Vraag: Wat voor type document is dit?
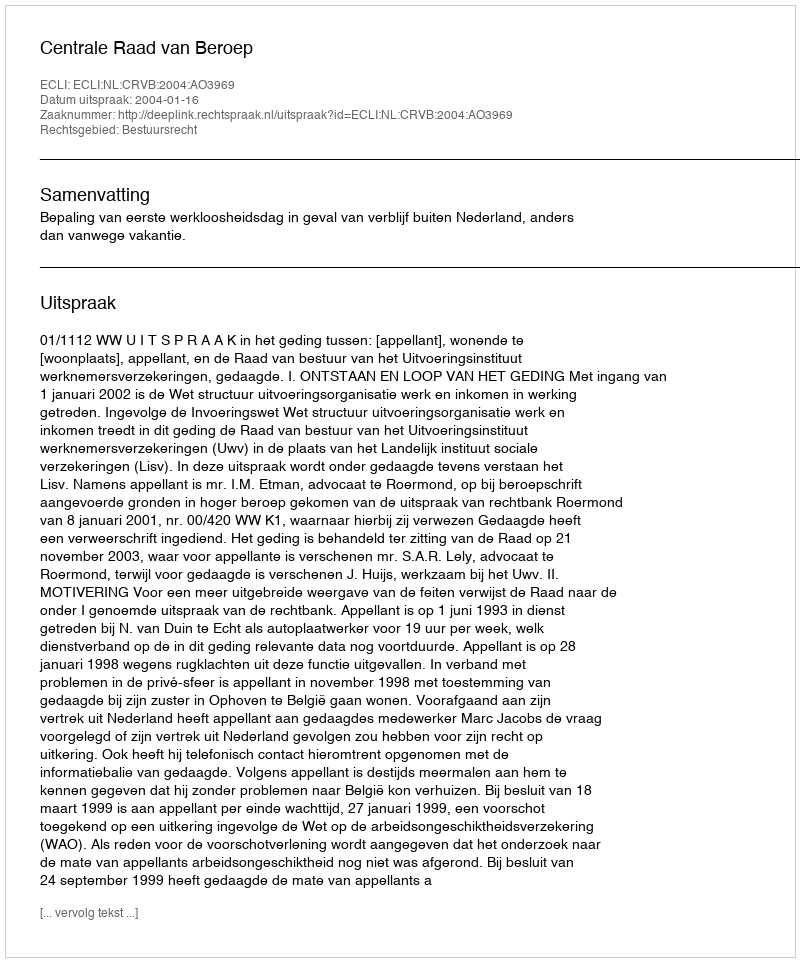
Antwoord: Uitspraak